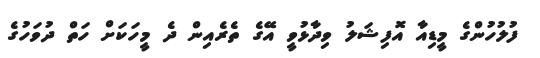
ފުލުހުންގެ މީޑިއާ އޮފިޝަލު ވިދާޅުވީ އޭގެ ތެރެއިން ދެ މީހަކަށް ހަތް ދުވަހުގެ